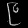
Digit: ၉